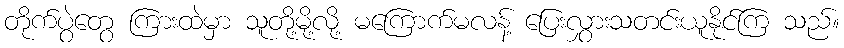
တိုက်ပွဲတွေ ကြားထဲမှာ သူတို့မို့လို့ မကြောက်မလန့် ပြေးလွှားသတင်းယူနိုင်ကြ သည်။